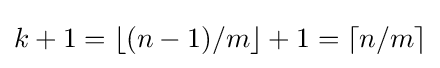
k+1=\lfloor (n-1)/m\rfloor +1=\lceil n/m\rceil